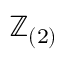
\mathbb { Z } _ { ( 2 ) }